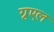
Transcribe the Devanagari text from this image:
ग्रुएल